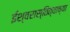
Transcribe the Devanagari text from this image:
ईश्वरास्तित्वाच्या